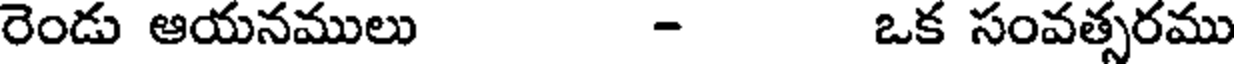
రెండు ఆయనములు - ఒక సంవత్సరము